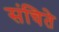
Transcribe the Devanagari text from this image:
संचिते